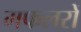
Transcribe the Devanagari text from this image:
मफलरों